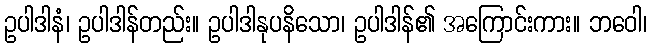
ဥပါဒါနံ၊ ဥပါဒါန်တည်း။ ဥပါဒါနုပနိသော၊ ဥပါဒါန်၏ အကြောင်းကား။ ဘဝေါ၊